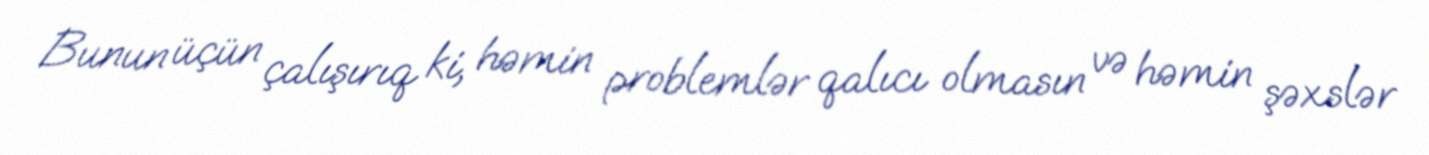
Bunun üçün çalışırıq ki, həmin problemlər qalıcı olmasın və həmin şəxslər